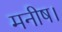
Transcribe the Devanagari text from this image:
मनीष।